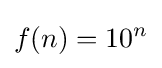
f(n)=10^{n}